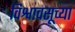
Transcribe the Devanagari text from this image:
विश्वावसूच्या